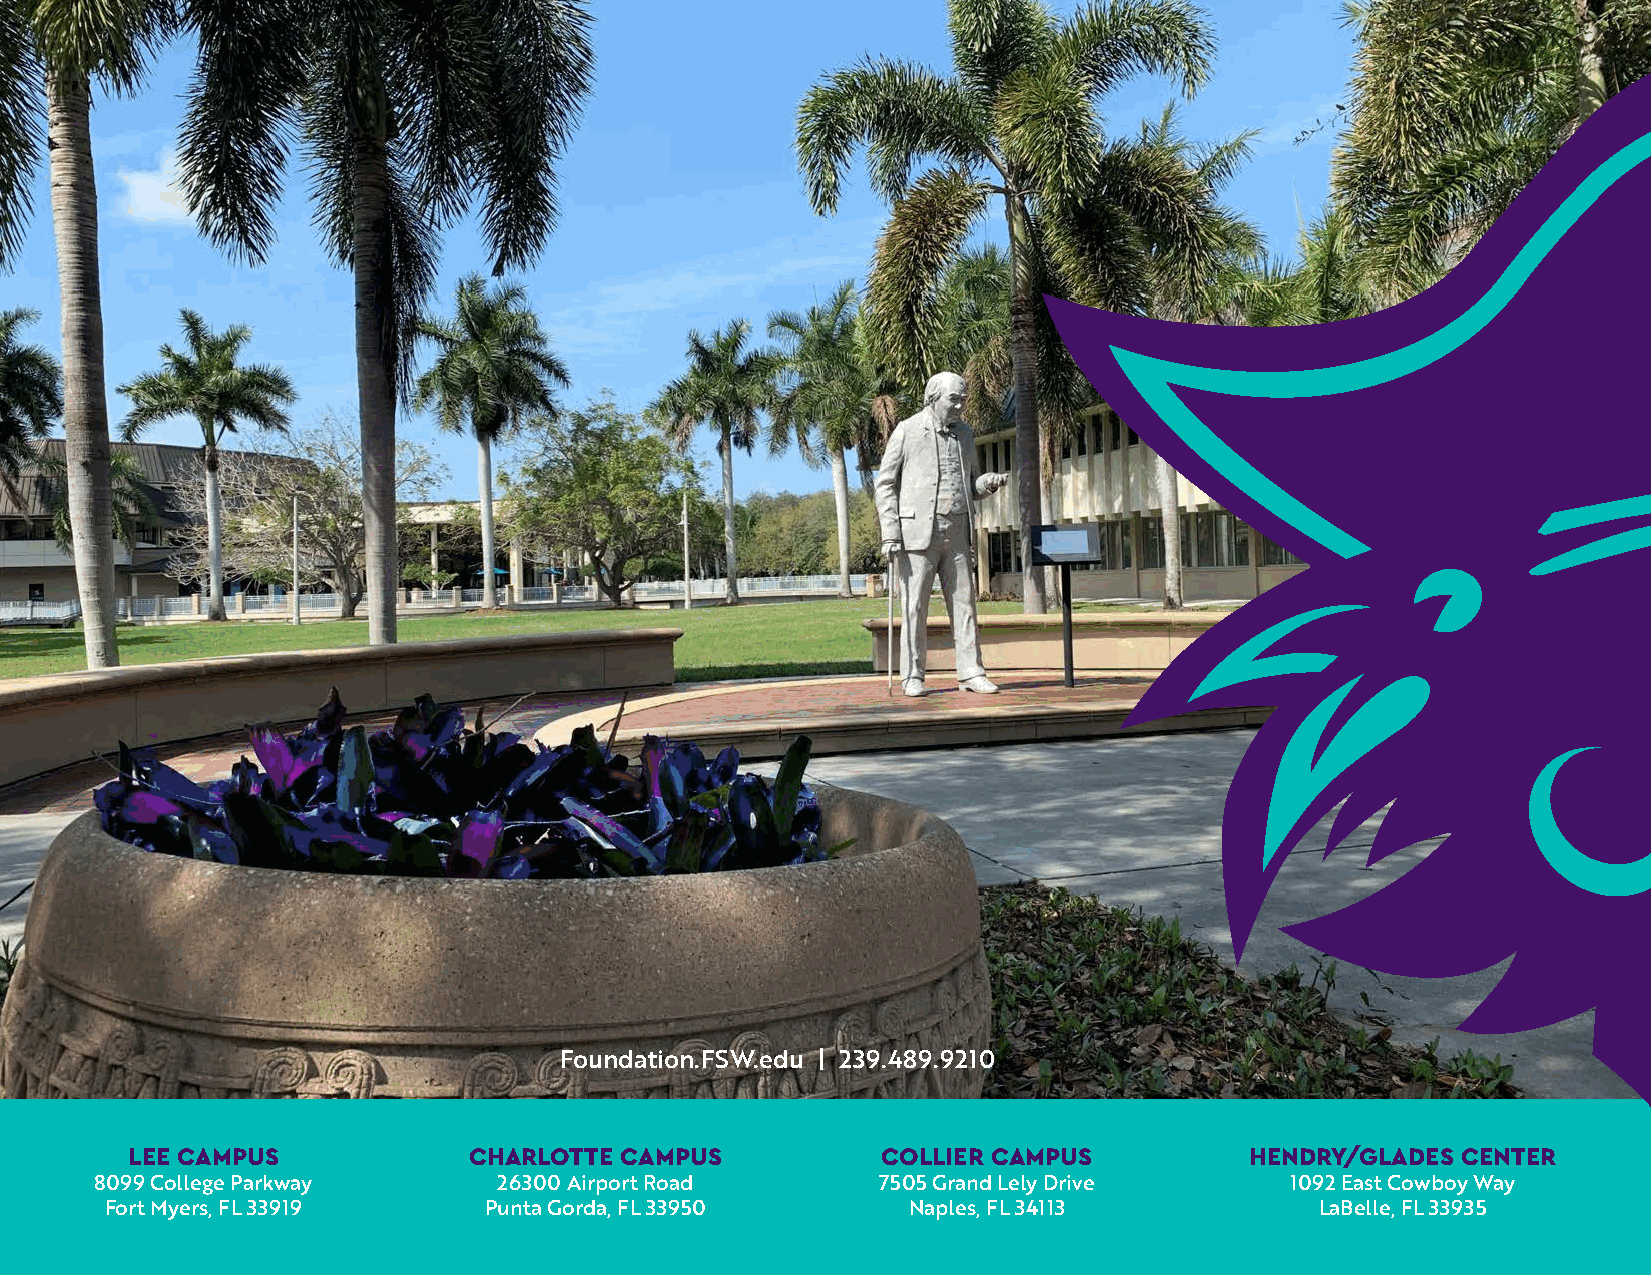
Foundation.FSW.edu | 239.489.9210
 LEE CAMPUS             CHARLOTTE CAMPUS           COLLIER CAMPUS           HENDRY/GLADES CENTER
 8099 College Parkway       26300 Airport Road       7505 Grand Lely Drive      1092 East Cowboy Way
 Fort Myers, FL 33919     Punta Gorda, FL 33950       Naples, FL 34113           LaBelle, FL 33935